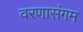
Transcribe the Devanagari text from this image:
वरणासंगम